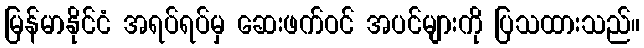
မြန်မာနိုင်ငံ အရပ်ရပ်မှ ဆေးဖက်ဝင် အပင်များကို ပြသထားသည်။